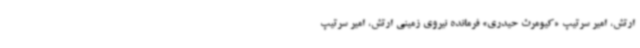
ارتش، امیر سرتیپ «کیومرث حیدری» فرمانده نیروی زمینی ارتش، امیر سرتیپ